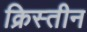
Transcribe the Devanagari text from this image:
क्रिस्तीन